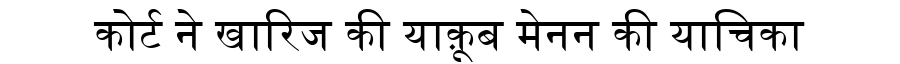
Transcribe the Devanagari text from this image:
कोर्ट ने खारिज की याक़ूब मेनन की याचिका